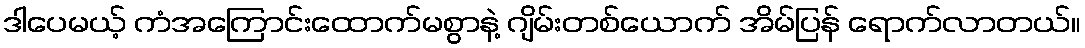
ဒါပေမယ့် ကံအကြောင်းထောက်မစွာနဲ့ ဂျိမ်းတစ်ယောက် အိမ်ပြန် ရောက်လာတယ်။